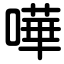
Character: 嘩